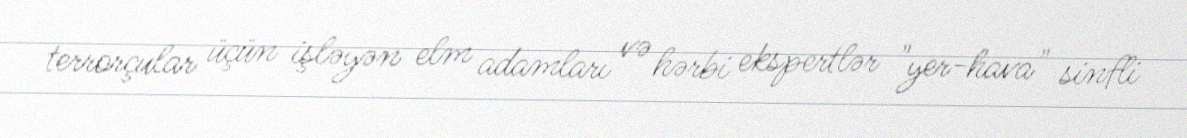
terrorçular üçün işləyən elm adamları və hərbi ekspertlər "yer-hava" sinfli